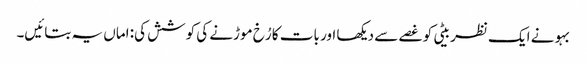
بہو نے ایک نظر بیٹی کو غصے سے دیکھا اور بات کا رُخ موڑنے کی کوشش کی: اماں یہ بتائیں۔